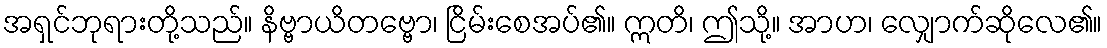
အရှင်ဘုရားတို့သည်။ နိဗ္ဗာယိတဗ္ဗော၊ ငြိမ်းစေအပ်၏။ ဣတိ၊ ဤသို့။ အာဟ၊ လျှောက်ဆိုလေ၏။